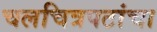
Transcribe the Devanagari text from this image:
चलचित्रपटांचा